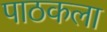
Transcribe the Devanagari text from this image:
पाठकला